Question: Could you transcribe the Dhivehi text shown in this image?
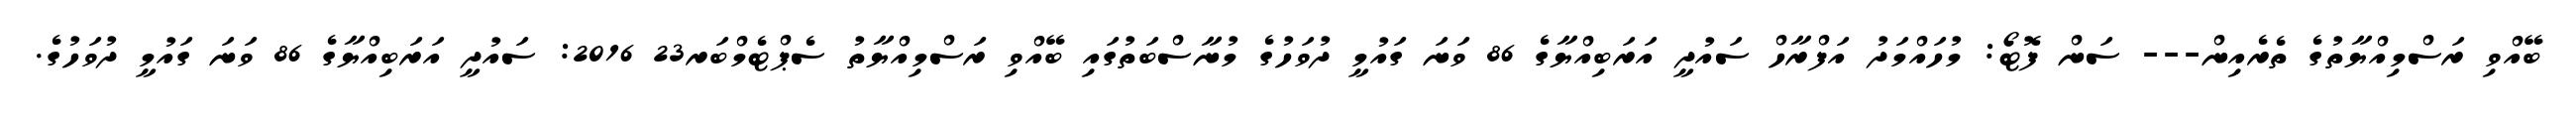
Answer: ބޭއްވި ރަސްމިއްޔާތުގެ ތެރެއިން--- ސަން ފޮޓޯ: މުހައްމަދު އަފްރާހް ސައުދީ އަރަބިއްޔާގެ 86 ވަނަ ގައުމީ ދުވަހުގެ މުނާސްބަތުގައި ބޭއްވި ރަސްމިއްޔާތު ސެޕްޓެމްބަރ23 2016: ސައުދީ އަރަބިއްޔާގެ 86 ވަނަ ގައުމީ ދުވަހުގެ.